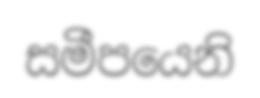
සමීපයෙනි